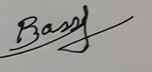
Signature authenticity: genuine